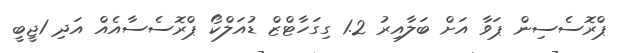
ޕްރޮސެސިން ޕަވާ އަށް ބަލާއިރު 1.2 ގިގަހާޓްޒް ޑުއަލްކޯ ޕްރޮސެސާއެއް އަދި 1ޖީބީ